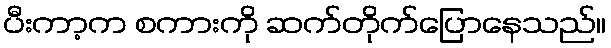
ပီးကာ့က စကားကို ဆက်တိုက်ပြောနေသည်။